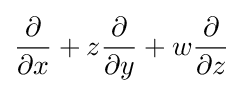
{\frac {\partial }{\partial x}}+z{\frac {\partial }{\partial y}}+w{\frac {\partial }{\partial z}}